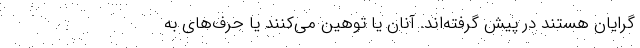
گرایان هستند در پیش گرفته‌اند. آنان یا توهین می‌کنند یا حرف‌های به